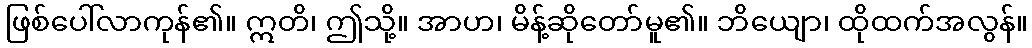
ဖြစ်ပေါ်လာကုန်၏။ ဣတိ၊ ဤသို့။ အာဟ၊ မိန့်ဆိုတော်မူ၏။ ဘိယျော၊ ထိုထက်အလွန်။